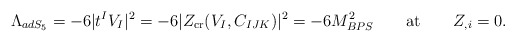
\begin{align*}\Lambda_{adS_5}=- 6 | t^I V_I |^2= -6 |Z_{\rm cr} (V_I,C_{IJK})|^2 = - 6 M^2_{BPS} \qquad {\rm at} \qquad Z_{,i}=0.\end{align*}